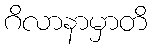
ဂိလာနာမှာတိ